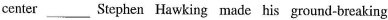
center ___ Stephen Hawking made his ground-breaking